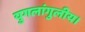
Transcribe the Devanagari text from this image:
युगलांगुलीय।